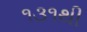
૧૩૧થી